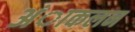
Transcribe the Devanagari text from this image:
अंाकलन